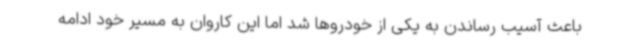
باعث آسیب رساندن به یکی از خودروها شد اما این کاروان به مسیر خود ادامه